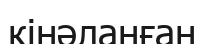
кінәланған